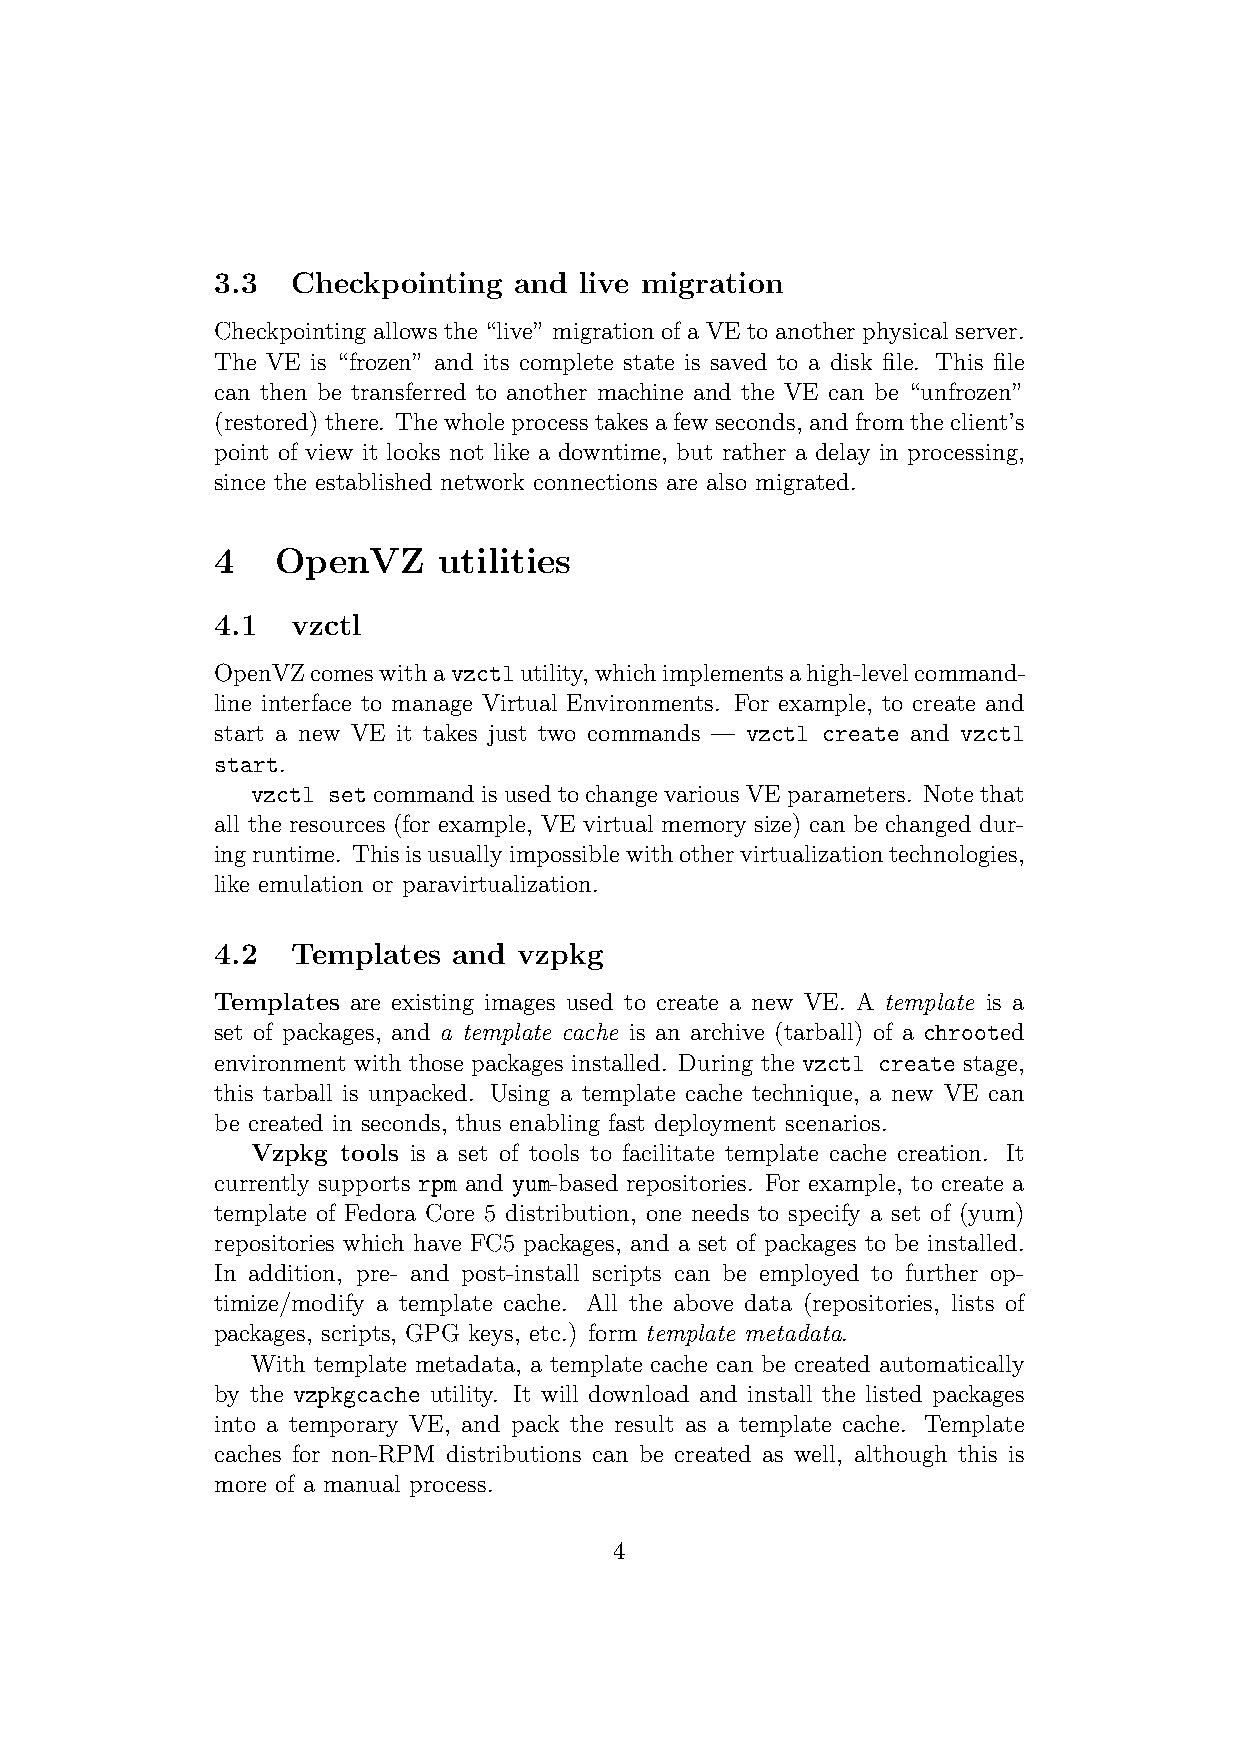
3.3  Checkpointing  and live migration
 Checkpointing allows the “live” migration of a VE to another physical server.
 The VE is “frozen” and its complete state is saved to a disk file. This file
 can then be transferred to another machine and the VE can be “unfrozen”
 (restored)there. Thewholeprocesstakesafewseconds, andfromtheclient’s
 point of view it looks not like a downtime, but rather a delay in processing,
 since the established network connections are also migrated.
 4   OpenVZ     utilities
 4.1  vzctl
 OpenVZcomeswithavzctlutility,whichimplementsahigh-levelcommand-
 line interface to manage Virtual Environments. For example, to create and
 start a new VE it takes just two commands — vzctl create and vzctl
 start.
 vzctl setcommandisusedtochangevariousVEparameters. Notethat
 all the resources (for example, VE virtual memory size) can be changed dur-
 ingruntime. Thisisusuallyimpossiblewithothervirtualizationtechnologies,
 like emulation or paravirtualization.
 4.2  Templates  and vzpkg
 Templates are existing images used to create a new VE. A template is a
 set of packages, and a template cache is an archive (tarball) of a chrooted
 environment with those packages installed. During the vzctl create stage,
 this tarball is unpacked. Using a template cache technique, a new VE can
 be created in seconds, thus enabling fast deployment scenarios.
 Vzpkg tools is a set of tools to facilitate template cache creation. It
 currently supports rpm and yum-based repositories. For example, to create a
 template of Fedora Core 5 distribution, one needs to specify a set of (yum)
 repositories which have FC5 packages, and a set of packages to be installed.
 In addition, pre- and post-install scripts can be employed to further op-
 timize/modify a template cache. All the above data (repositories, lists of
 packages, scripts, GPG keys, etc.) form template metadata.
 With template metadata, a template cache can be created automatically
 by the vzpkgcache utility. It will download and install the listed packages
 into a temporary VE, and pack the result as a template cache. Template
 caches for non-RPM distributions can be created as well, although this is
 more of a manual process.
 4